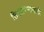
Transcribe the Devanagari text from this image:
तिखटपणासाठी